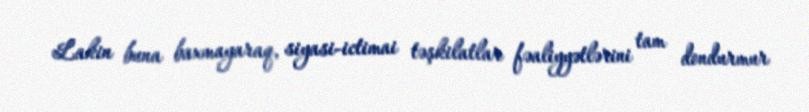
Lakin buna baxmayaraq, siyasi-ictimai təşkilatlar fəaliyyətlərini tam dondurmur